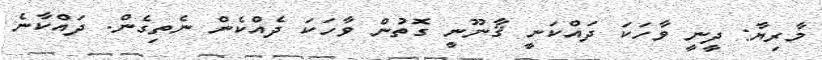
މާރިޔާ: ދީނީ ވާހަކަ ދައްކަނީ ޤާނޫނީ ގޮތުން ވާހަކަ ދެއްކެން ނެތިގެން. ދައްކާނެ